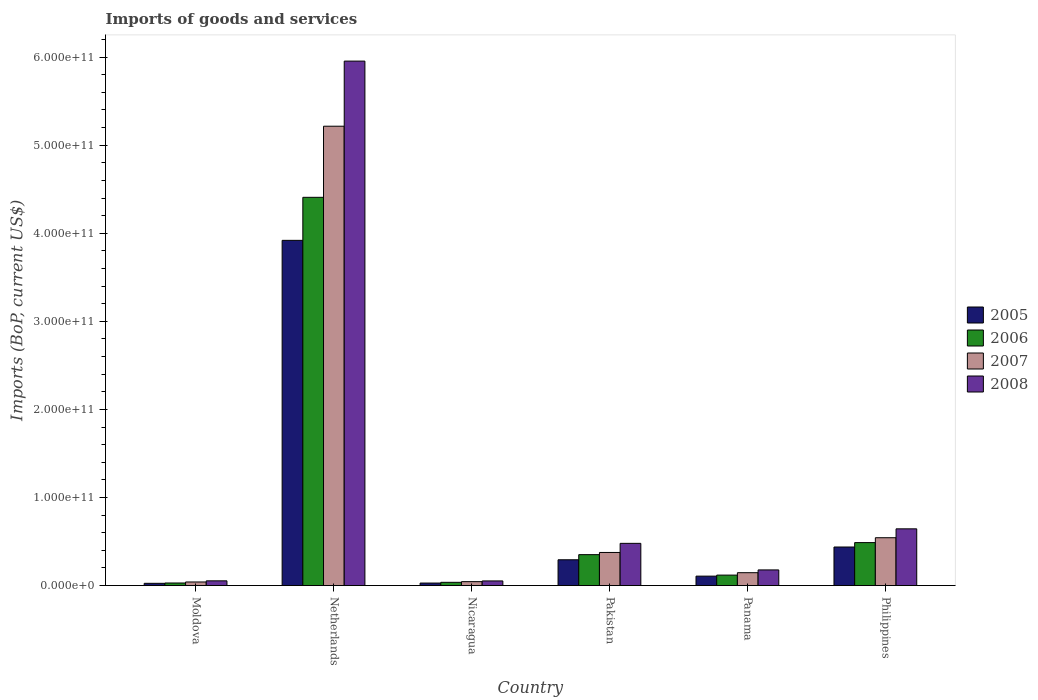
| Country | 2005 | 2006 | 2007 | 2008 |
 | --- | --- | --- | --- | --- |
 | Moldova | 2.54e+09 | 2.93e+09 | 4.07e+09 | 5.37e+09 |
 | Netherlands | 3.92e+11 | 4.41e+11 | 5.22e+11 | 5.95e+11 |
 | Nicaragua | 2.85e+09 | 3.68e+09 | 4.45e+09 | 5.26e+09 |
 | Pakistan | 2.93e+10 | 3.51e+10 | 3.76e+10 | 4.79e+10 |
 | Panama | 1.07e+10 | 1.19e+10 | 1.46e+10 | 1.78e+10 |
 | Philippines | 4.38e+10 | 4.88e+10 | 5.43e+10 | 6.44e+10 |